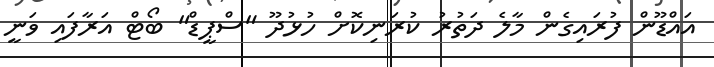
އައްޑޫން ފުރައިގެން މާލެ ދަތުރު ކުރަނިކޮށް ހުޅުދޫ "ސްޕީޑް" ބޯޓް އަރާފައި ވަނީ